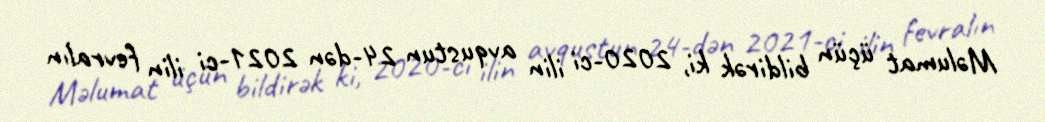
Məlumat üçün bildirək ki, 2020-ci ilin avqustun 24-dən 2021-ci ilin fevralın